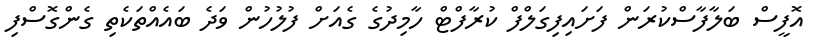
އޮފީސް ބަލާފާސްކުރަން ފަށައިފިގަލްފް ކުރާފްޓް ހާމިދުގެ ގެއަށް ފުލުހުން ވަދެ ބައެއްތަކެތި ގެންގޮސްފި